Tartu_pedagoogiumi_aruanded, lk 78
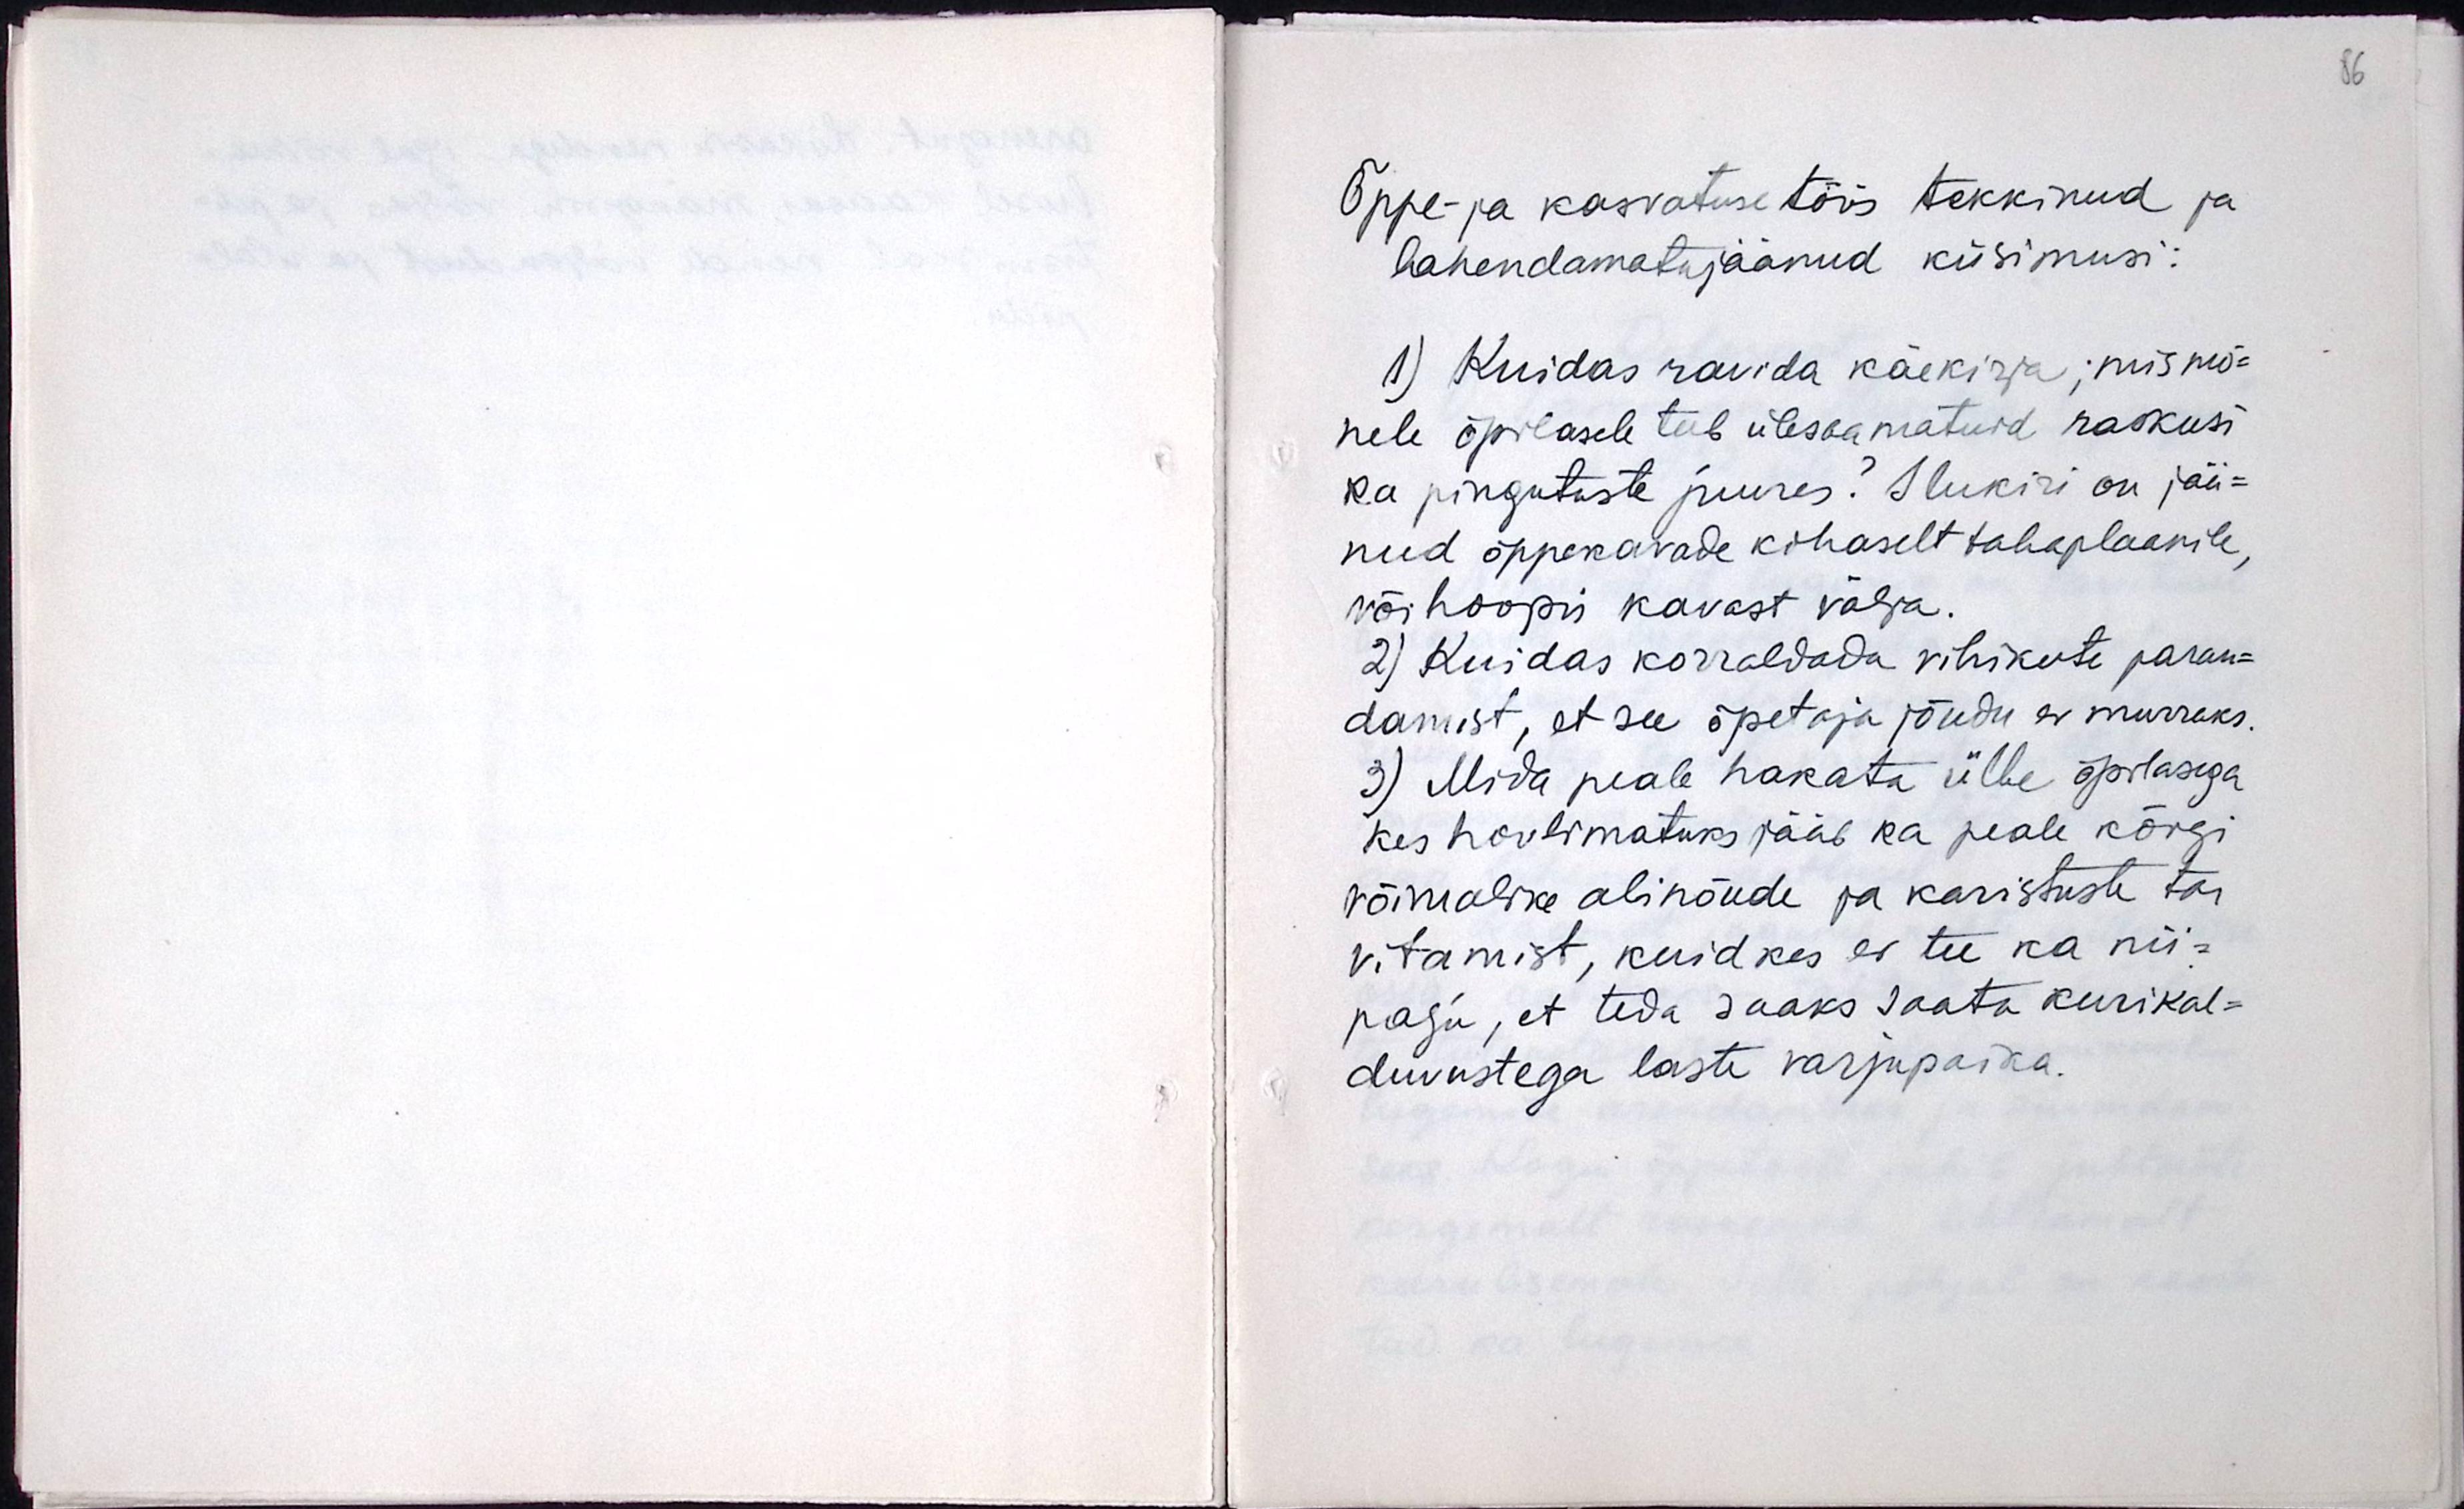
Õppe- ja kasvatuse töös tekkinud ja
lahendamata jäänud küsimusi:
1) Kuidas ravida käekirja, mis mõ-
nele õpilasele teeb ülesaamatuid raskusi
ka pingutuste juures? Ilukiri on jää-
nud õppekavade kohaselt tahaplaanile,
või hoopis kavast välja.
2) Kuidas korraldada vihikute paran-
damist et see õpetaja jõudu ka murraks.
3) Mida peale hakata ülbe õpilasega
kes hoolimatuks jääb ka peale kõigi
võimalike abinõude ja karistuste tar-
vitamist, kuid kes ei tee ka nii-
palju, et teda saaks saata kurikal-
duvustega laste varjupaika